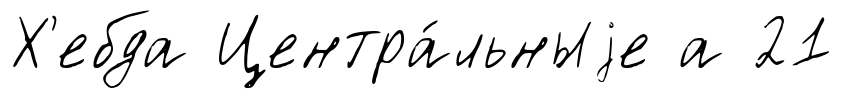
Х'ебда Центра́льныjе а 21